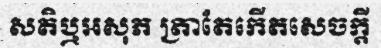
សតិឬអសុភ ត្រាតែកើតសេចក្តី